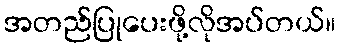
အတည်ပြုပေးဖို့လိုအပ်တယ်။